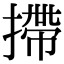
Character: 摕